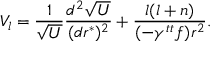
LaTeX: V _ { l } = { \frac { 1 } { \sqrt { U } } } { \frac { d ^ { 2 } \sqrt { U } } { ( d r ^ { * } ) ^ { 2 } } } + { \frac { l ( l + n ) } { ( - \gamma ^ { t t } f ) r ^ { 2 } } } .